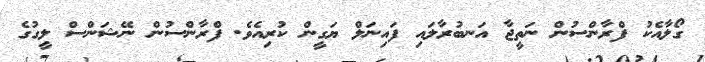
ގޯލާއެކު ފްރާންސުން ނަތީޖާ އަނބުރާލައި ފައިނަލް ޔަގީން ކުރިއެވެ. ފްރާންސުން ނޭޝަންސް ލީގުގެ